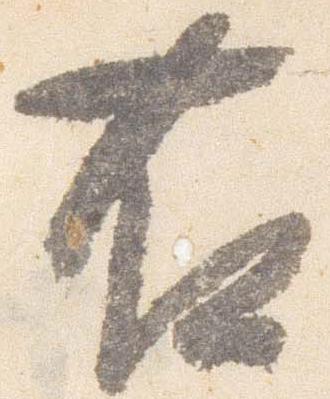
右